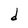
Character: d